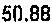
50.88